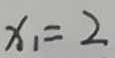
x _ { 1 } = 2